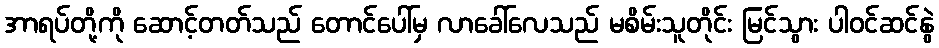
အာရပ်တို့ကို ဆောင့်တတ်သည် တောင်ပေါ်မှ လာခေါ်လေသည် မစိမ်းသူတိုင်း မြင်သွား ပါဝင်ဆင်နွဲ